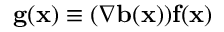
\mathbf { g } ( \mathbf { x } ) \equiv ( \nabla \mathbf { b } ( \mathbf { x } ) ) \mathbf { f } ( \mathbf { x } )